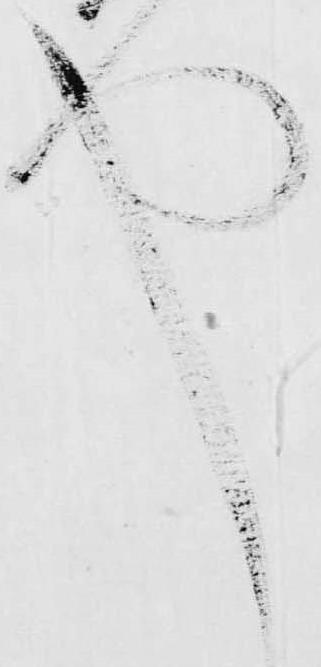
也